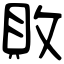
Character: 敗